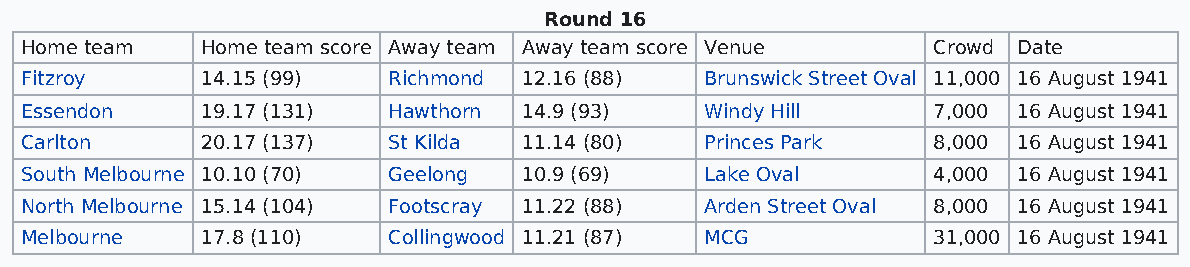
Round 16
 Home team   Home team score Away team Away team score Venue  Crowd Date
 Fitzroy     14.15 (99)   Richmond 12.16 (88)  Brunswick Street Oval 11,000 16 August 1941
 Essendon    19.17 (131)  Hawthorn 14.9 (93)   Windy Hill     7,000 16 August 1941
 Carlton     20.17 (137)  St Kilda 11.14 (80)  Princes Park   8,000 16 August 1941
 South Melbourne 10.10 (70) Geelong 10.9 (69)  Lake Oval      4,000 16 August 1941
 North Melbourne 15.14 (104) Footscray 11.22 (88) Arden Street Oval 8,000 16 August 1941
 Melbourne   17.8 (110)   Collingwood 11.21 (87) MCG          31,000 16 August 1941